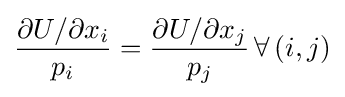
{\frac {\partial U/\partial x_{i}}{p_{i}}}={\frac {\partial U/\partial x_{j}}{p_{j}}}\,\forall \left(i,j\right)